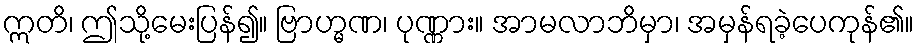
ဣတိ၊ ဤသို့မေးပြန်၍။ ဗြာဟ္မဏ၊ ပုဏ္ဏား။ အာမလာဘိမှာ၊ အမှန်ရခဲ့ပေကုန်၏။